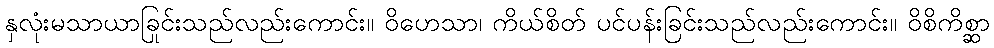
နှလုံးမသာယာခြင်းသည်လည်းကောင်း။ ဝိဟေသာ၊ ကိုယ်စိတ် ပင်ပန်းခြင်းသည်လည်းကောင်း။ ဝိစိကိစ္ဆာ